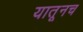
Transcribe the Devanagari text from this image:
यातूनच